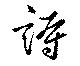
詩